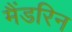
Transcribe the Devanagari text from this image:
मैंडरिन